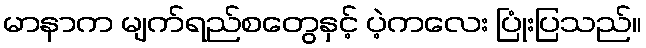
မာနာက မျက်ရည်စတွေနှင့် ပဲ့ကလေး ပြုံးပြသည်။